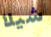
شيلا